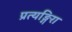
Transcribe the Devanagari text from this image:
प्रत्यङ्गिरा